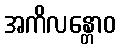
အကိလန္တောဝ